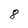
Character: 8